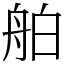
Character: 舶